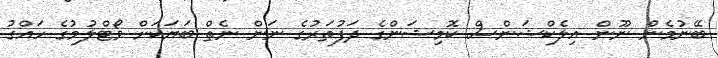
ބޭނުމެން ނޫން އިލެކްޝަންސް ކޮމިޝަންގެ ދަފުތަރުގެ ނަން ނެތް ބަޔަކަށް ވޯޓްލުމުގެ ހައްގު